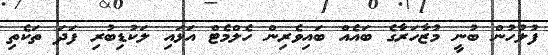
ފުލުހުން ބުނީ މުޒާހަރާގެ ބައެއް ބައިވެރިން ހެލްމެޓް އަޅައި ލަކުޑިބުރި ފަދަ ތަކެތި